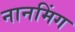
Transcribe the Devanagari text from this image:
नानमिंग